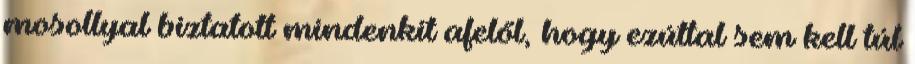
mosollyal biztatott mindenkit afelől, hogy ezúttal sem kell túl